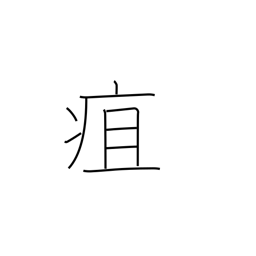
Meaning: carbuncle